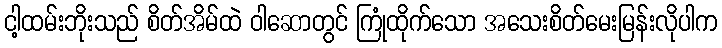
ငါ့ထမ်းဘိုးသည် စိတ်အိမ်ထဲ ဝါဆောတွင် ကြုံထိုက်သော အသေးစိတ်မေးမြန်းလိုပါက